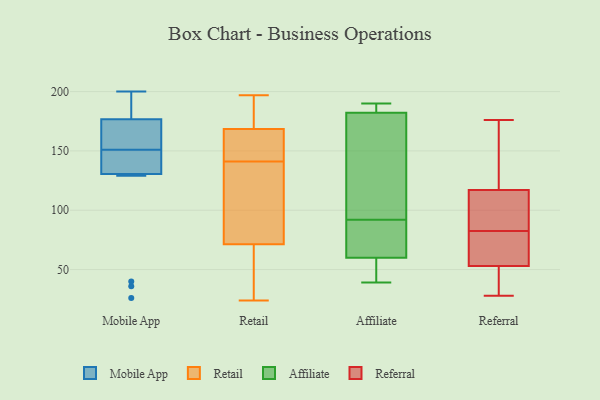
{"axis": {"x": "Demand Index", "y": "Value"}, "legend": ["Affiliate", "Mobile App", "Referral", "Retail"], "data": [{"x": "", "y": 151, "type": "Mobile App"}, {"x": "", "y": 129, "type": "Mobile App"}, {"x": "", "y": 40, "type": "Mobile App"}, {"x": "", "y": 135, "type": "Mobile App"}, {"x": "", "y": 200, "type": "Mobile App"}, {"x": "", "y": 167, "type": "Mobile App"}, {"x": "", "y": 131, "type": "Mobile App"}, {"x": "", "y": 186, "type": "Mobile App"}, {"x": "", "y": 161, "type": "Mobile App"}, {"x": "", "y": 152, "type": "Mobile App"}, {"x": "", "y": 26, "type": "Mobile App"}, {"x": "", "y": 200, "type": "Mobile App"}, {"x": "", "y": 179, "type": "Mobile App"}, {"x": "", "y": 36, "type": "Mobile App"}, {"x": "", "y": 149, "type": "Mobile App"}, {"x": "", "y": 142, "type": "Mobile App"}, {"x": "", "y": 176, "type": "Mobile App"}, {"x": "", "y": 81, "type": "Retail"}, {"x": "", "y": 24, "type": "Retail"}, {"x": "", "y": 141, "type": "Retail"}, {"x": "", "y": 197, "type": "Retail"}, {"x": "", "y": 158, "type": "Retail"}, {"x": "", "y": 172, "type": "Retail"}, {"x": "", "y": 68, "type": "Retail"}, {"x": "", "y": 184, "type": "Retail"}, {"x": "", "y": 60, "type": "Retail"}, {"x": "", "y": 82, "type": "Retail"}, {"x": "", "y": 156, "type": "Retail"}, {"x": "", "y": 44, "type": "Affiliate"}, {"x": "", "y": 58, "type": "Affiliate"}, {"x": "", "y": 128, "type": "Affiliate"}, {"x": "", "y": 85, "type": "Affiliate"}, {"x": "", "y": 66, "type": "Affiliate"}, {"x": "", "y": 180, "type": "Affiliate"}, {"x": "", "y": 39, "type": "Affiliate"}, {"x": "", "y": 190, "type": "Affiliate"}, {"x": "", "y": 92, "type": "Affiliate"}, {"x": "", "y": 183, "type": "Affiliate"}, {"x": "", "y": 190, "type": "Affiliate"}, {"x": "", "y": 43, "type": "Referral"}, {"x": "", "y": 45, "type": "Referral"}, {"x": "", "y": 138, "type": "Referral"}, {"x": "", "y": 69, "type": "Referral"}, {"x": "", "y": 54, "type": "Referral"}, {"x": "", "y": 146, "type": "Referral"}, {"x": "", "y": 111, "type": "Referral"}, {"x": "", "y": 104, "type": "Referral"}, {"x": "", "y": 117, "type": "Referral"}, {"x": "", "y": 59, "type": "Referral"}, {"x": "", "y": 151, "type": "Referral"}, {"x": "", "y": 176, "type": "Referral"}, {"x": "", "y": 96, "type": "Referral"}, {"x": "", "y": 66, "type": "Referral"}, {"x": "", "y": 107, "type": "Referral"}, {"x": "", "y": 53, "type": "Referral"}, {"x": "", "y": 28, "type": "Referral"}, {"x": "", "y": 50, "type": "Referral"}]}